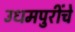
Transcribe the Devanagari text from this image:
उधमपुरींचे